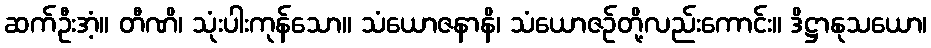
ဆက်ဦးအံ့။ တီဏိ၊ သုံးပါးကုန်သော။ သံယောဇနာနိ၊ သံယောဇဉ်တို့လည်းကောင်း။ ဒိဋ္ဌာနုသယော၊